Annual administration report of the Civil Veterinary Department of India - 1897-1898
Year: 1897
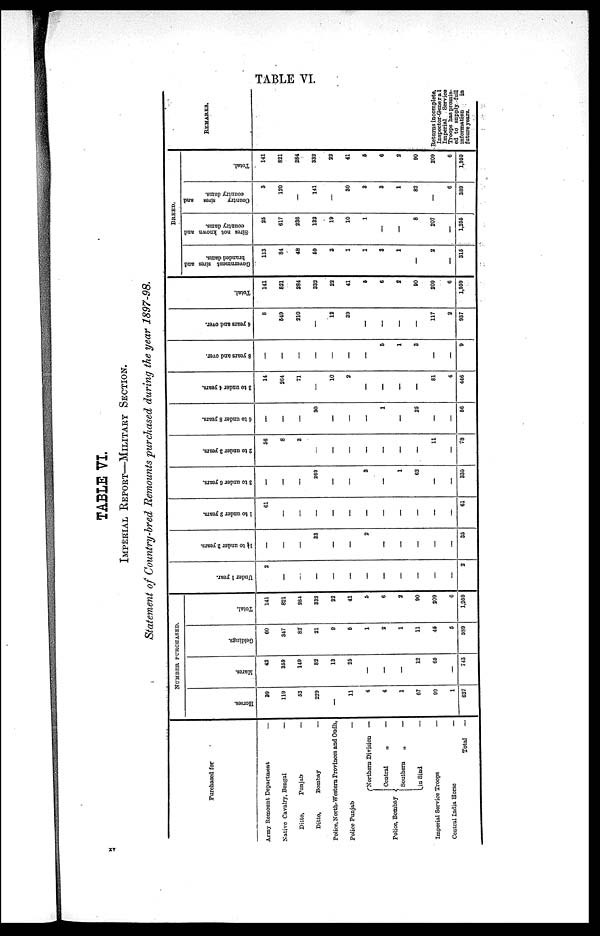
TABLE VI.
TABLE VI.
IMPERIAL REPORT—MILITARY SECTION.
Statement of Country-bred Remounts purchased during the year 1897-98.
Purchased for
Army Remount Department
—
Native Cavalry, Bengal
—
Ditto,
Punjab
—
Ditto,
Bombay
—
Police, North-Western Provinces and Oudh,
Police Punjab
—
Police, Bombay
Northern Division —
Central
„
—
Southern
„
—
in Sind
—
Imperial Service Troops
—
Central India
Horse
—
Total
—
NUMBER PURCHASED.
Horses.
39
119
53
229
—
11
4
4
1
67
99
1
627
Mares.
42
355
149
82
13
25
—
—
—
12
65
—
743
Geldings.
60
347
82
21
9
6
1
2
1
11
46
5
SS9
Total.
141
821
284
332
22
41
5
6
2
90
209
6
1,959
Under 1 year .
2
—
—
—
—
—
—
—
—
—
_
—
2
1½ to under 3 year s.
—
—
—
33
—
—
2
—
—
—
—
—
35
1 to under 2 years.
61
—
—
—
—
—
—
—
—
—
—
—
61
3 to under 6 year s.
—
—
—
269
—
—
3
—
1
62
—
—
335
2 to under 3 years.
56
8
3
—
—
—
—
—
—
—
11
—
78
6 to under 8 years.
—
—
—
30
—
—
—
1
—
25
—
—
56
3 to under 4 years.
14
264
71
—
10
2
—
—
—
—
81
4
446
8 y e a r s and over .
—
—
—
—
—
—
—
5
1
3
—
—
9
4 years and over.
8
549
210
—
12
39
—
—
—
—
117
2
937
Tot al .
141
821
284
333
22
41
5
6
2
90
209
6
1,959
BREED.
Government sires and
branded dams.
113
84
48
59
3
1
1
3
1
—
2
—
315
Sires not known and
country dams.
25
617
236
132
19
10
1
—
—
8
207
—
1,255
Country
sires
and
country dams.
3
120
—
141
—
30
3
3
1
82
—
6
389
Total.
141
821
284
332
22
41
5
6
2
90
209
6
1,959
REMARKS.
Returns incomplete,
Inspector-General
Imperial
Service
Troops has promis-
ed to supply full
information
in
future years.
xv